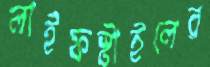
লাইফস্টাইলের